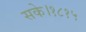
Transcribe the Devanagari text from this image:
सके।१८१५